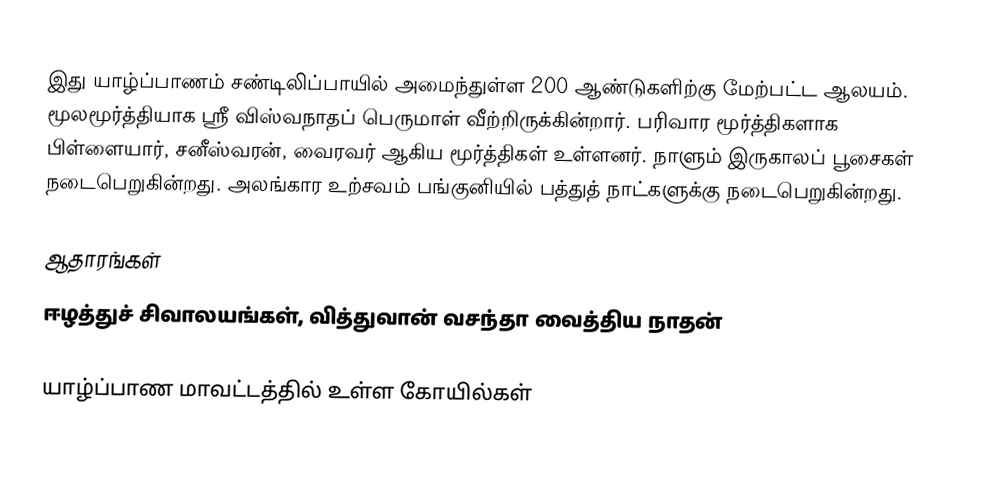
இது யாழ்ப்பாணம் சண்டிலிப்பாயில் அமைந்துள்ள 200 ஆண்டுகளிற்கு மேற்பட்ட ஆலயம். மூலமூர்த்தியாக ஸ்ரீ விஸ்வநாதப் பெருமாள் வீற்றிருக்கின்றார். பரிவார மூர்த்திகளாக பிள்ளையார், சனீஸ்வரன், வைரவர் ஆகிய மூர்த்திகள் உள்ளனர். நாளும் இருகாலப் பூசைகள் நடைபெறுகின்றது. அலங்கார உற்சவம் பங்குனியில் பத்துத் நாட்களுக்கு நடைபெறுகின்றது.

ஆதாரங்கள்
ஈழத்துச் சிவாலயங்கள், வித்துவான் வசந்தா வைத்திய நாதன்

யாழ்ப்பாண மாவட்டத்தில் உள்ள கோயில்கள்